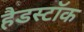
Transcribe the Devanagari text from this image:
हैडस्टॉक